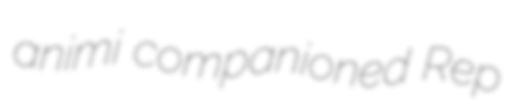
animi companioned Rep